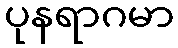
ပုနရာဂမာ